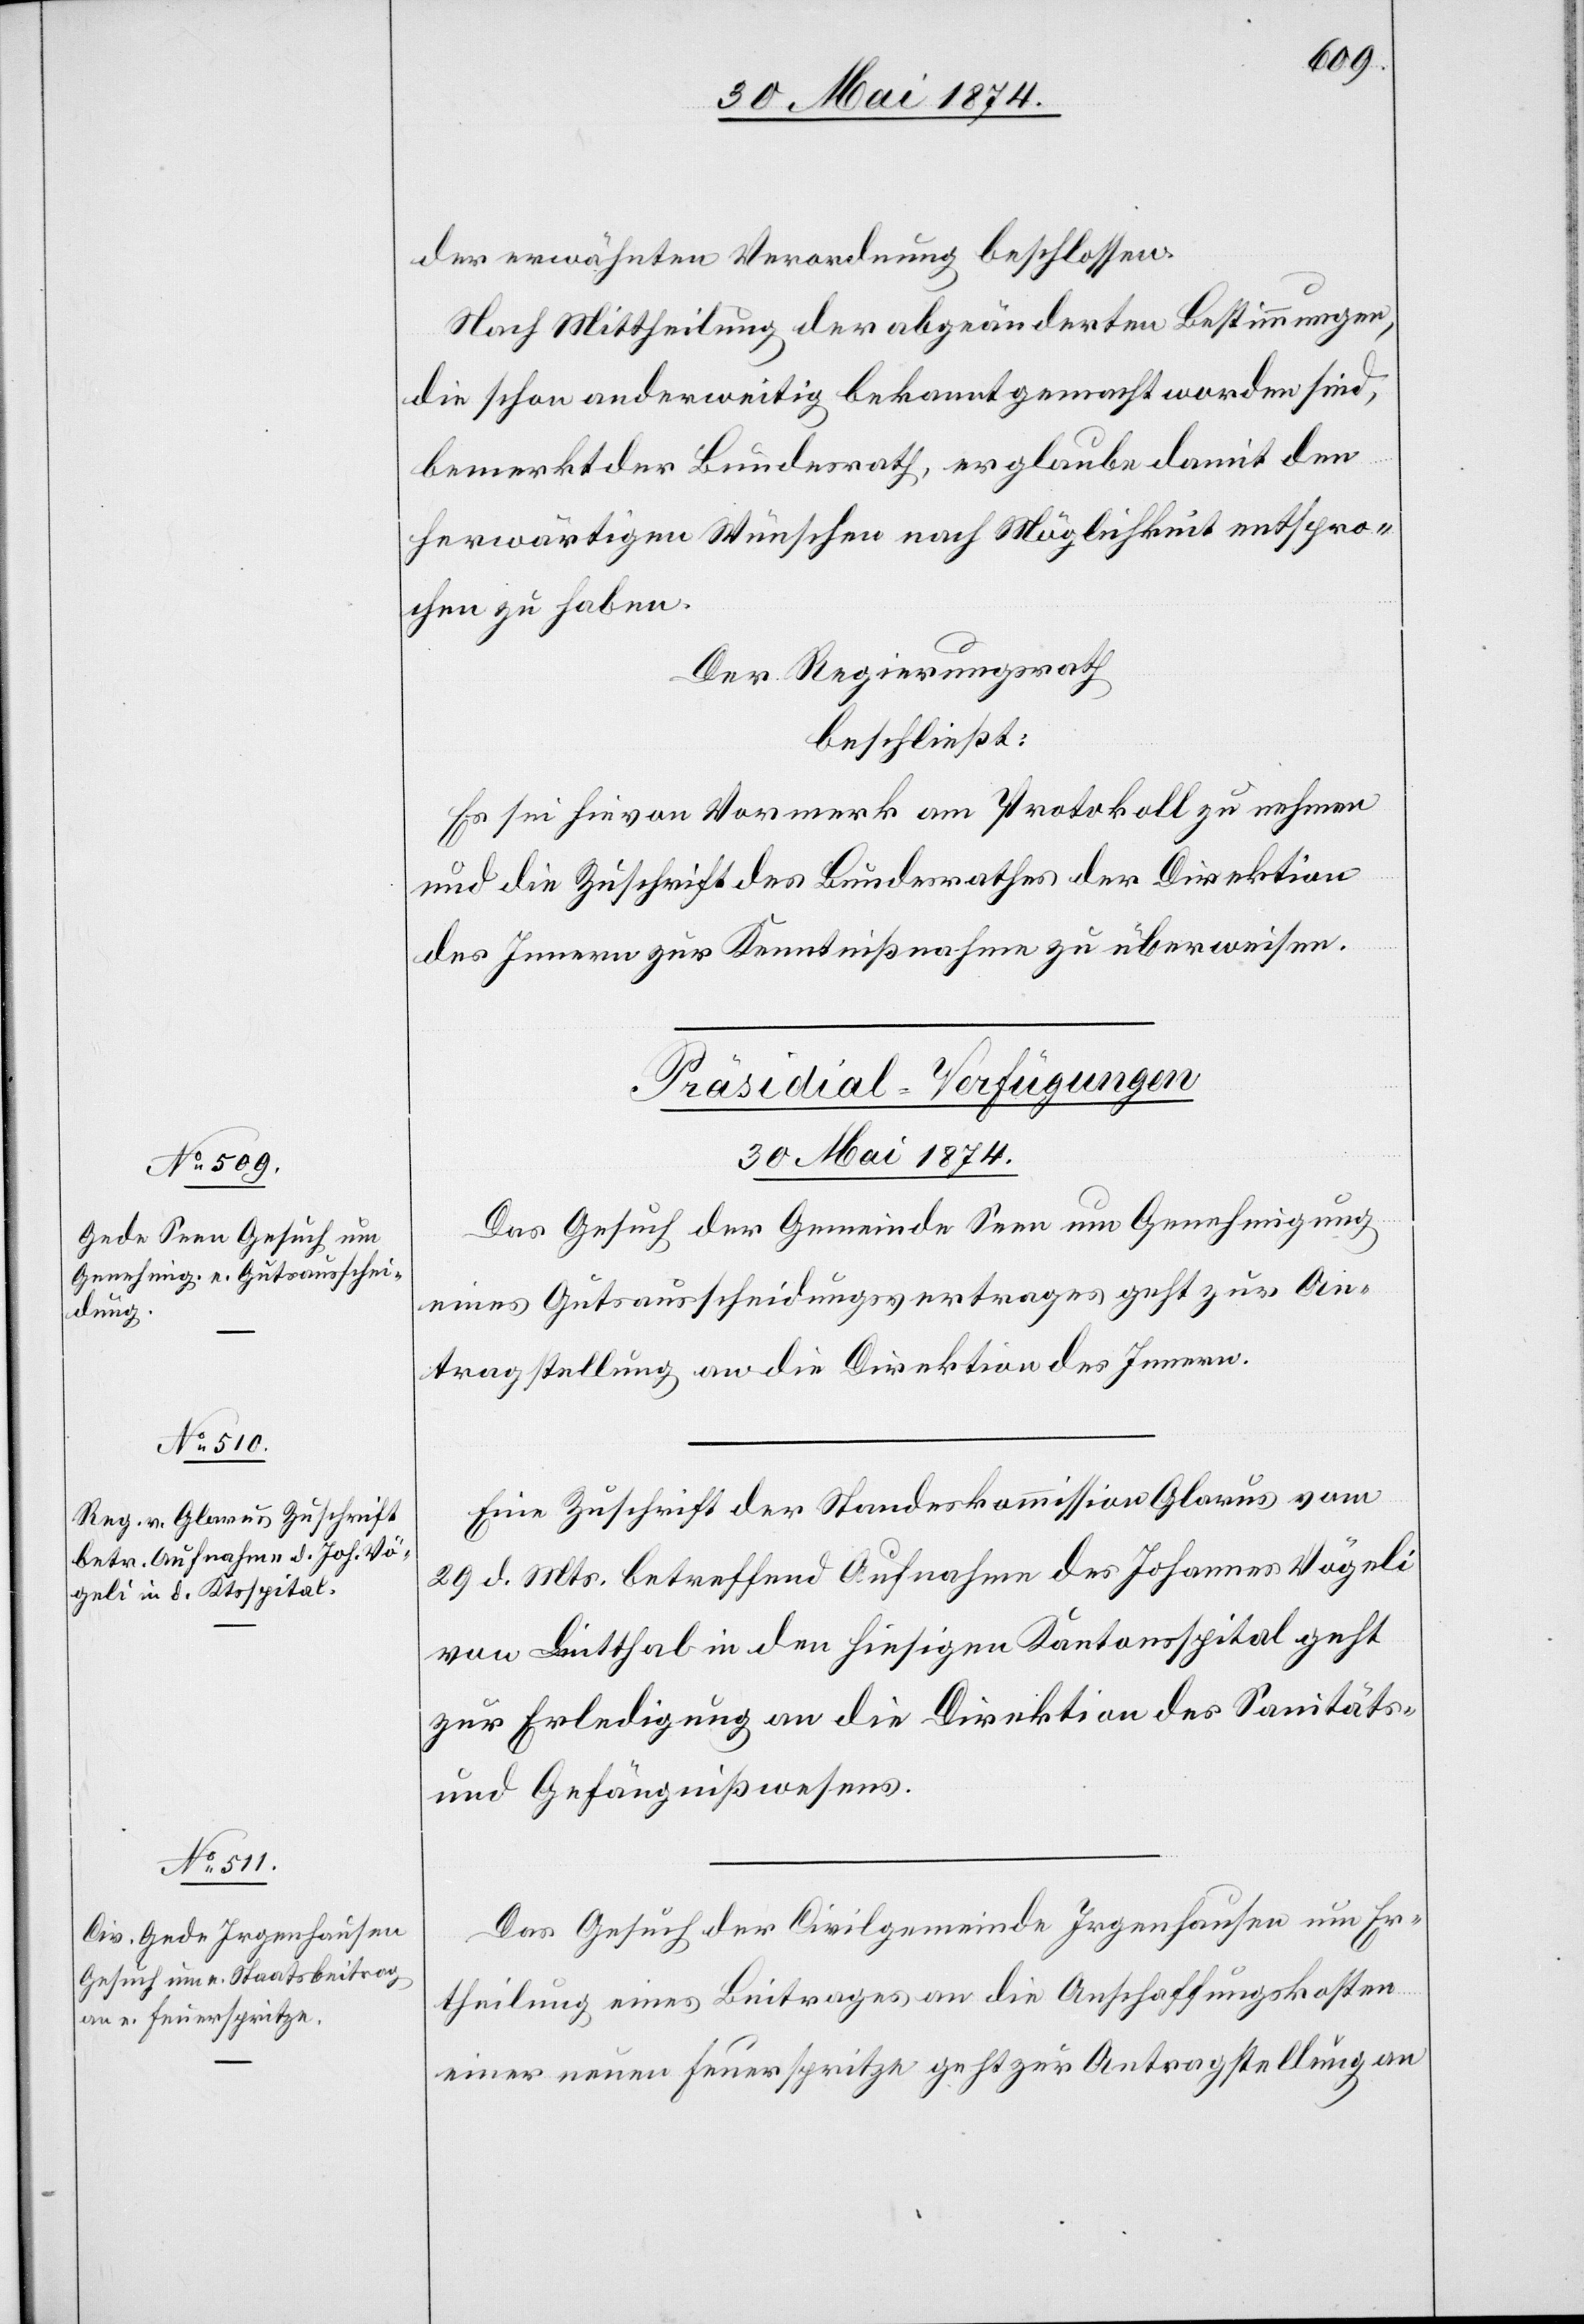
der erwähnten Verordnung beschlossen.
Nach Mittheilung der abgeänderten Bestimmungen,
die schon anderweitig bekannt gemacht worden sind,
bemerkt der Bundesrath, er glaube damit den
herwärtigen Wünschen nach Möglichkeit entspro¬
chen zu haben.
Der Regierungsrath
beschließt:
Es sei hievon Vormerk am Protokoll zu nehmen
und die Zuschrift des Bundesrathes der Direktion
des Innern zur Kenntnißnahme zu überweisen.
[Präsidial-Verfügungen
30. Mai 1874.]
Das Gesuch der Gemeinde Seen um Genehmigung
eines Gutsausscheidungsvertrages geht zur An¬
tragstellung an die Direktion des Innern.
Eine Zuschrift der Standeskommission Glarus vom
29. d. Mts. betreffend Aufnahme des Johannes Wägeli
von Lintthal in den hiesigen Kantonsspital geht
zur Erledigung an die Direktion des Sanitäts-
und Gefängnißwesens.
Das Gesuch der Civilgemeinde Irgenhausen um Er¬
theilung eines Beitrages an die Anschaffungskosten
einer neuen Feuerspritze geht zur Antragstellung an